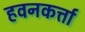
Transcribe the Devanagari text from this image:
हवनकर्त्ता